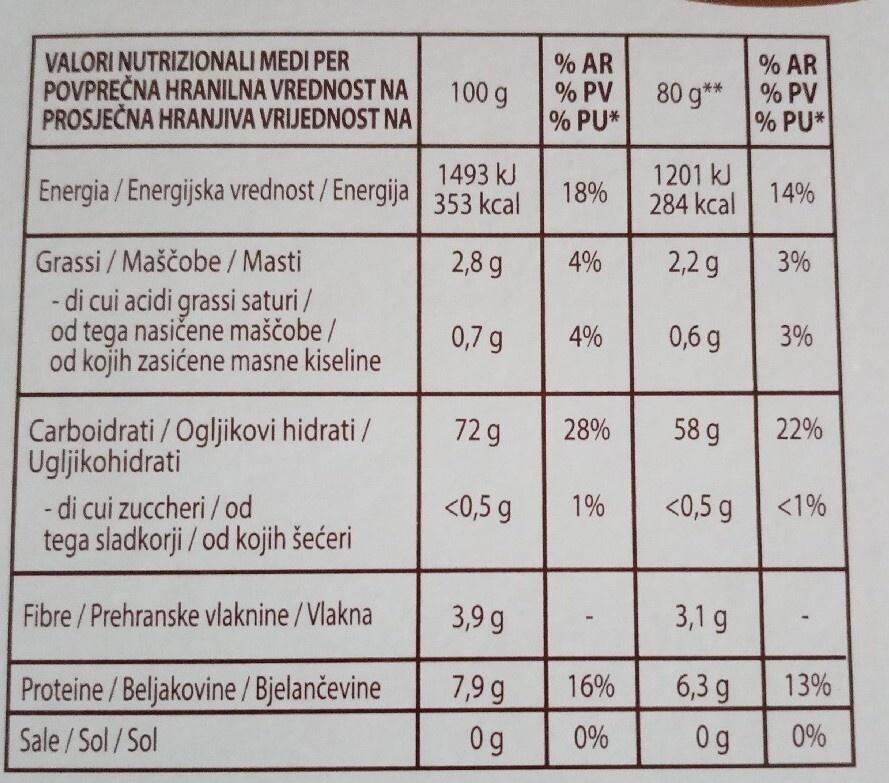
VALORI NUTRIZIONALI MEDI PER POVPREČNA HRANILNA VREDNOST NA PROSJEČNA HRANJIVA VRIJEDNOST NA
Energia/Energijska vrednost / Energija
Grassi/Maščobe / Masti
- di cui acidi grassi saturi/ od tega nasičene maščobe / od kojih zasićene masne kiseline
Carboidrati / Ogljikovi hidrati / Ugljikohidrati
- di cui zuccheri / od
tega sladkorji / od kojih šećeri
Fibre/Prehranske vlaknine/Vlakna
Proteine/Beljakovine / Bjelančevine
Sale/Sol/Sol
100 g
1493 kJ
353 kcal
2,8 g
0,7 g
72 g
<0,5 g
3,9 g
7,9 g
Og
% AR % PV
% PU*
18%
4%
4%
28%
1%
-
16%
0%
% AR 80 g** % PV
% PU*
1201 kJ
284 kcal
2,2 g
0,6 g
58 g
<0,5 g
3,1 g
6,3 g
Og
14%
3%
3%
22%
<1%
13%
0%